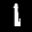
Label: 1